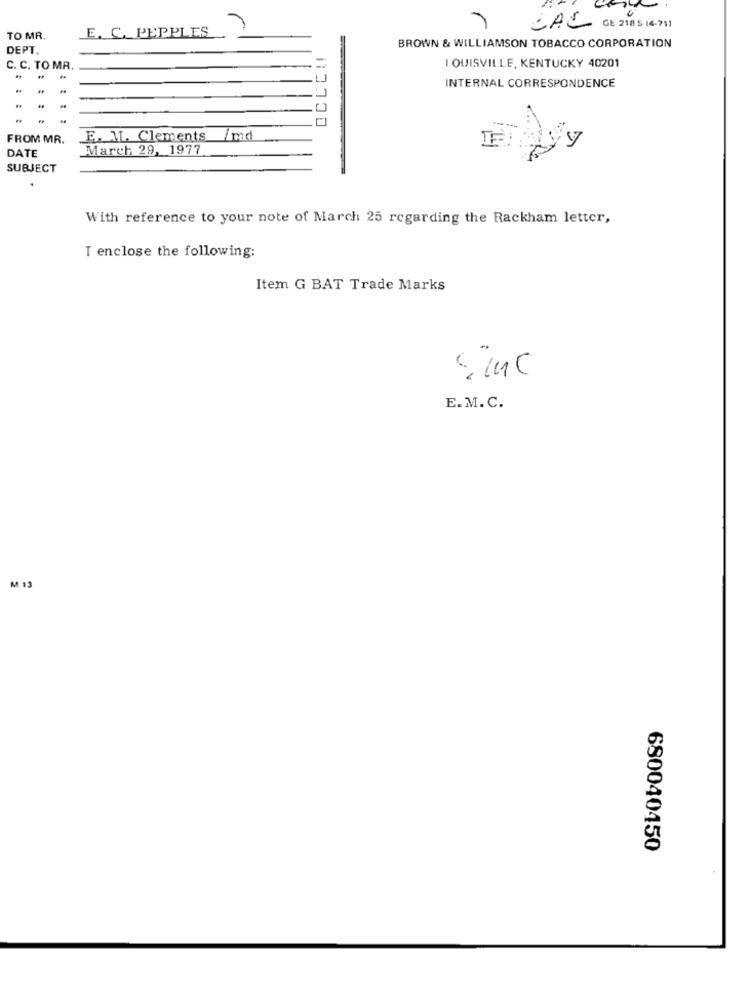
E. C. PEPPLES
CAL CE 2185 14-71)
TO MR.
DEPT.
OCLC !!
BROWN & WILLIAMSON TOBACCO CORPORATION
C. C. TO MR.
I OUISVILLE, KENTUCKY 40201
INTERNAL CORRESPONDENCE
FROM MR.
E. AL. Clements
1 md
March 29, 1977
DATE
SUBJECT
With reference to your note of March 25 regarding the Rackham letter,
I enclose the following:
Item G BAT Trade Marks
E.M.C.
M 13
680040450